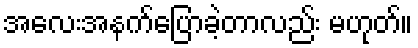
အလေးအနက်ပြောခဲ့တာလည်း မဟုတ်။